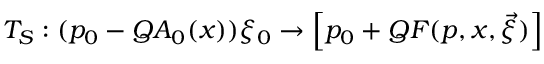
T _ { S } : ( p _ { 0 } - Q A _ { 0 } ( x ) ) \xi _ { 0 } \rightarrow \Big [ p _ { 0 } + Q F ( p , x , \vec { \xi } ) \Big ]